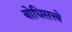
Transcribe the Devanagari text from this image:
बोधिसत्त्वे